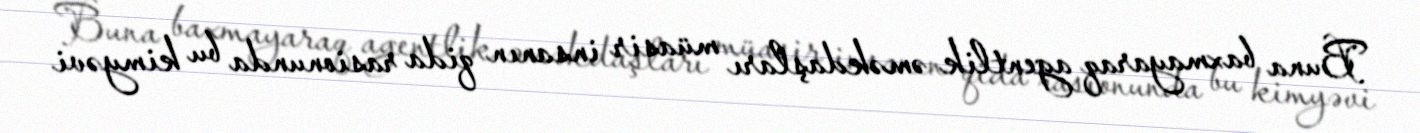
Buna baxmayaraq agentlik əməkdaşları müasir insanın qida rasionunda bu kimyəvi